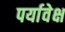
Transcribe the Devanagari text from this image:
पर्यावेक्ष